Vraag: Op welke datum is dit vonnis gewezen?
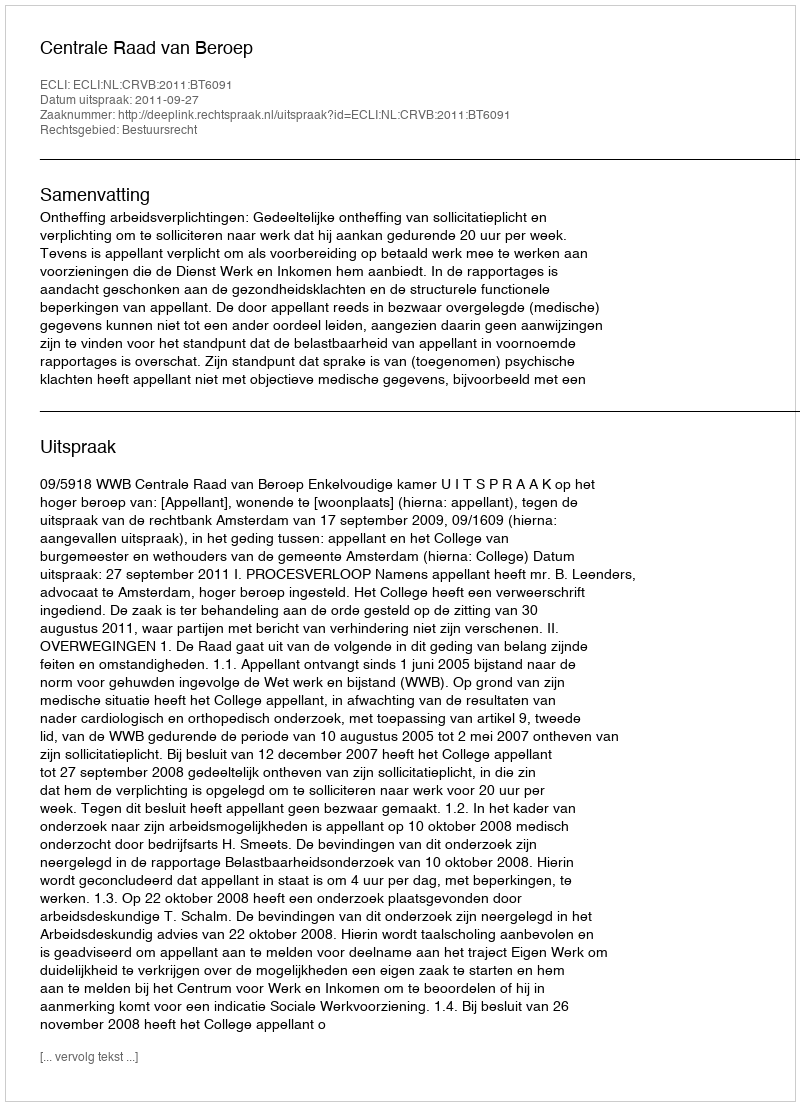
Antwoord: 2011-09-27